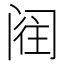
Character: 𮤵